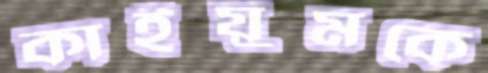
কাইয়ুমকে